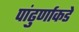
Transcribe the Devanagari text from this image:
पांढुर्णाकडे